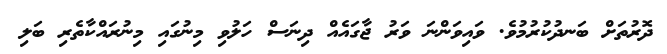
ދޮރުތަށް ބަނދުކުރުމުވެ. ވައިވަންނަ ވަރު ޖާގައެއް ދިނަސް ހަލުވި މިނުގައި މިނުރައްކާތެރި ބަލި